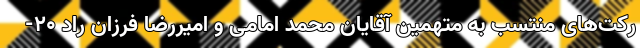
رکت‌های منتسب به متهمین آقایان محمد امامی و امیررضا فرزان راد ۲۰-